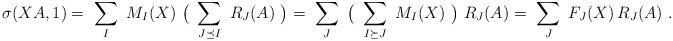
LaTeX: \begin{align*}\sigma(XA,1) = \ \sum_I \ M_I(X)\ \big( \ \sum_{J\preceq I} \ R_J(A) \ \big)=\ \sum_J \ \big(\ \sum_{I\succeq J}\ M_I(X)\ \big) \ R_J(A)=\ \sum_J \ F_J(X)\, R_J(A) \ .\end{align*}